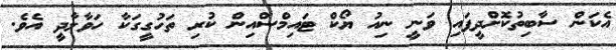
އެކަން ސާބިތުކޮށްދީފައި ވަނީ ނިއު ޔޯކް ޓައިމްސްއިން ކުރި ތަހުގީގަކާ ހަވާލާދީ އެވެ.